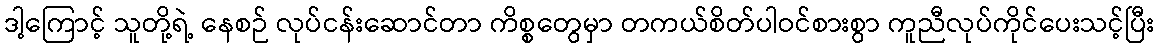
ဒါ့ကြောင့် သူတို့ရဲ့ နေစဉ် လုပ်ငန်းဆောင်တာ ကိစ္စတွေမှာ တကယ်စိတ်ပါဝင်စားစွာ ကူညီလုပ်ကိုင်ပေးသင့်ပြီး